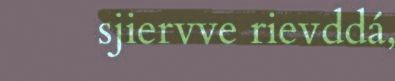
sjiervve rievddá,